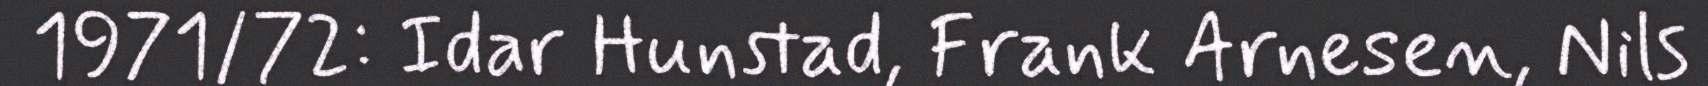
1971/72: Idar Hunstad, Frank Arnesen, Nils